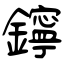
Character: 鑏